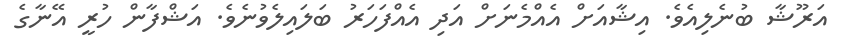
އަރޫޝާ ބުނެލިއެވެ. އިޝާއަށް އެއްމެނަށް އަދި އެއްފަހަރު ބަލައިލެވުނެވެ. އަޝްފާން ހުރީ އޭނާގެ